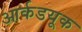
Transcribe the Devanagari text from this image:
आर्कडयूक